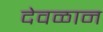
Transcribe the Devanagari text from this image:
देवळान